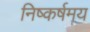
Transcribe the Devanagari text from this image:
निष्कर्षमय